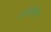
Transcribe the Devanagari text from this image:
नॉर्थकोट